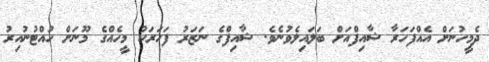
ދެމީހުނަށް އެއްފަހަރާ ޝާއިފްއަށް ބަލައިލެވުނެވެ. ޝާއިފްގެ ނަޒަރު ފަހަރަކު މީހެއްގެ މޫނަށް ހުއްޓުނުއިރު